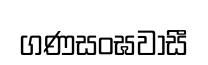
ගණසංඝවාසී